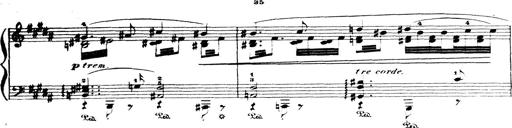
Title: Wagner-Liszt Album
Composer: Franz Liszt